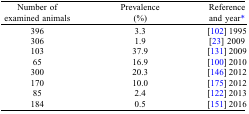
| Number of examined animals | Prevalence (%) | Reference and year* |
 | --- | --- | --- |
 | 396 | 3.3 | [102] 1995 |
 | 306 | 1.9 | [23] 2009 |
 | 103 | 37.9 | [131] 2009 |
 | 65 | 16.9 | [100] 2010 |
 | 300 | 20.3 | [146] 2012 |
 | 170 | 10.0 | [175] 2012 |
 | 85 | 2.4 | [122] 2013 |
 | 184 | 0.5 | [151] 2016 |